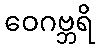
ဝေဂဗ္ဘရိ